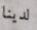
لدينا